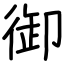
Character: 御